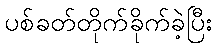
ပစ်ခတ်တိုက်ခိုက်ခဲ့ပြီး